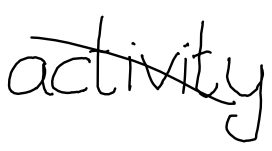
Text: activity
Cross-out: diagonal
Writing tool: digital_black